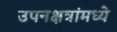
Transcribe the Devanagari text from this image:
उपनक्षत्रांमध्ये